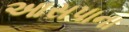
આસપાના